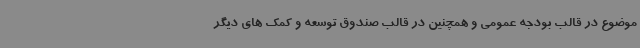
موضوع در قالب بودجه عمومی و همچنین در قالب صندوق توسعه و کمک های دیگر